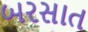
બરસાત